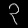
Digit: ၃